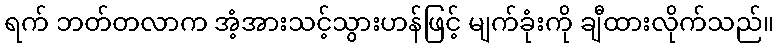
ရက် ဘတ်တလာက အံ့အားသင့်သွားဟန်ဖြင့် မျက်ခုံးကို ချီထားလိုက်သည်။